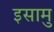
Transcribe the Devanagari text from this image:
इसामु